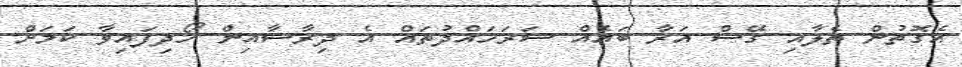
އެގޮތުން ތެލާއި ގޭސް އަރާ ބައެއް ސަރަހައްދުތައް އެ ދިރާސާއިން ހޯދިފައިވާ ކަމަށް